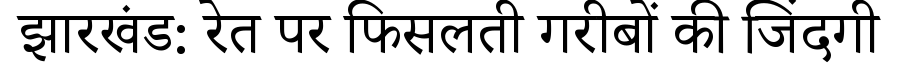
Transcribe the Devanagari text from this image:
झारखंड: रेत पर फिसलती गरीबों की जिंदगी